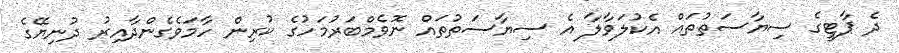
ދެ ޕާޓީގެ ސިޔާސަތުތައް އެކުލަވާލާ އެ ސިޔާސަތުތައް ނޮވެމްބަރުމަހުގެ ކުރިން ހާމަވެގެންދާއިރު ދުނިޔޭގެ